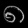
Digit: ၈